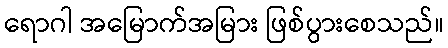
ရောဂါ အမြောက်အမြား ဖြစ်ပွားစေသည်။